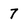
Character: 7